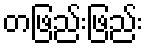
တဖြည်းဖြည်း